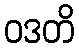
ဝဒတိ